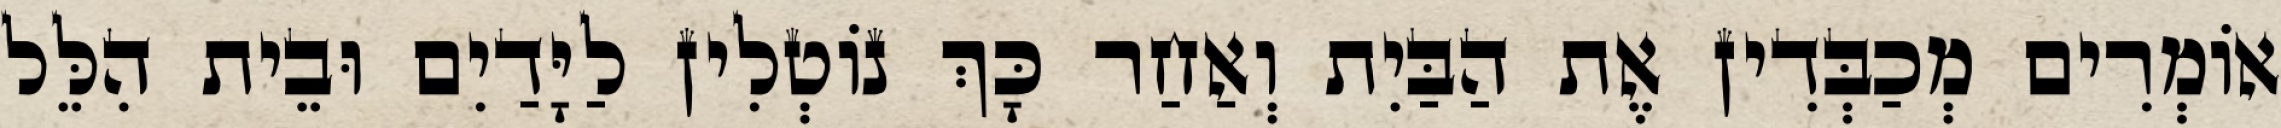
אוֹמְרִים מְכַבְּדִין אֶת הַבַּיִת וְאַחַר כָּךְ נוֹטְלִין לַיָּדַיִם וּבֵית הִלֵּל